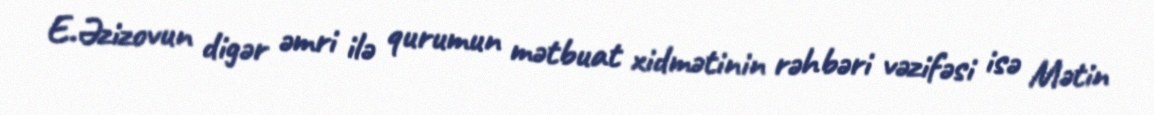
E.Əzizovun digər əmri ilə qurumun mətbuat xidmətinin rəhbəri vəzifəsi isə Mətin